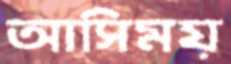
আসিময়